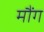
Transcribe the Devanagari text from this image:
मौंग